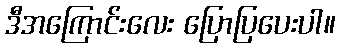
ဒီအကြောင်းလေး ပြောပြပေးပါ။